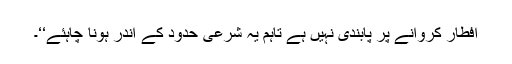
افطار کروانے پر پابندی نہیں ہے تاہم یہ شرعی حدود کے اندر ہونا چاہئے‘‘۔